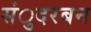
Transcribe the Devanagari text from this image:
संुदरबन